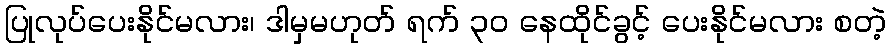
ပြုလုပ်ပေးနိုင်မလား၊ ဒါမှမဟုတ် ရက် ၃၀ နေထိုင်ခွင့် ပေးနိုင်မလား စတဲ့